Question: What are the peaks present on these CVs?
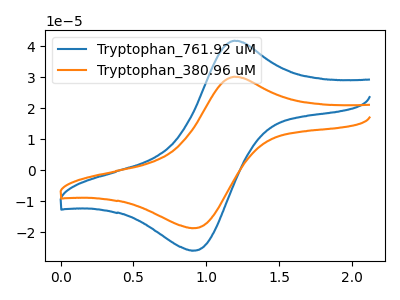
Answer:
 <answer>The blue curve "Tryptophan_761.92 uM" has an anodic peak at (1.20V, 41.80uA) and a cathodic peak at (0.90V, -26.00uA). The orange curve "Tryptophan_380.96 uM" has an anodic peak at (1.20V, 30.15uA) and a cathodic peak at (0.90V, -18.75uA).</answer>
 <eval></eval>